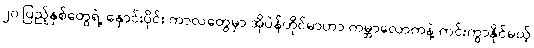
၂၀ ပြည့်နှစ်တွေရဲ့ နှောင်းပိုင်း ကာလတွေမှာ အိုပဲန်ဟိုင်မာဟာ ကမ္ဘာလောကနဲ့ ကင်းကွာနိုင်မယ့်